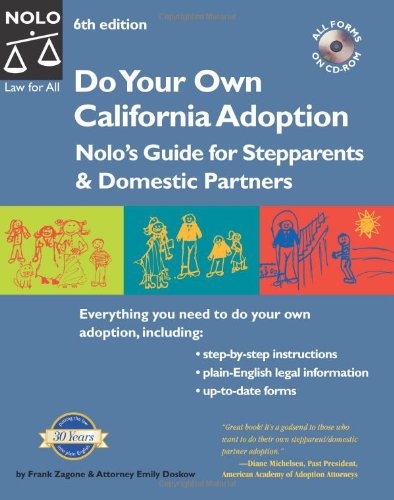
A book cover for Do Your Own California Adoption: Nolo's Guide for Stepparents and Domestic Partners; Frank Zagone; Law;